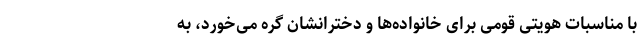
با مناسبات هویتی قومی برای خانواده‌ها و دخترانشان گره می‌خورد، به